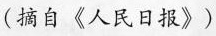
(摘自《人民日报》)